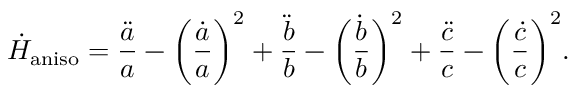
\dot { H } _ { \mathrm { a n i s o } } = \frac { \ddot { a } } { a } - \bigg ( \frac { \dot { a } } { a } \bigg ) ^ { 2 } + \frac { \ddot { b } } { b } - \bigg ( \frac { \dot { b } } { b } \bigg ) ^ { 2 } + \frac { \ddot { c } } { c } - \bigg ( \frac { \dot { c } } { c } \bigg ) ^ { 2 } .